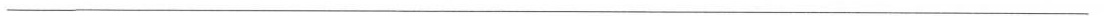
___